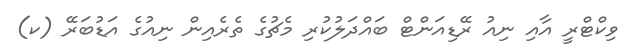
ވިކްޓްރީ އާއި ނިއު ރޭޑިއަންޓް ބައްދަލުކުރި މެޗުގެ ތެރެއިން ނިއުގެ އަޑުބަރޭ (ކ)